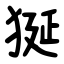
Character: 狿